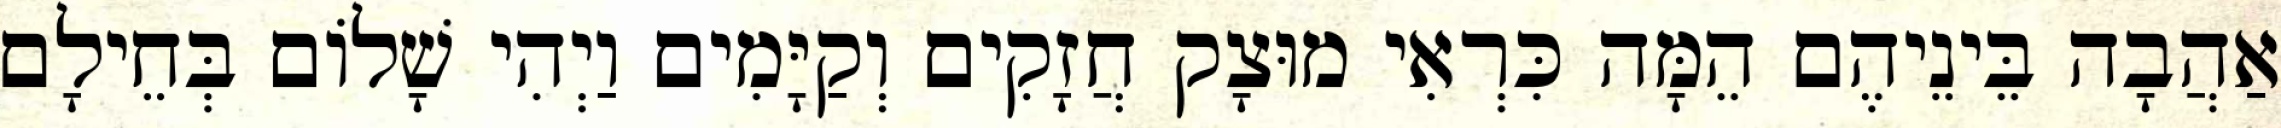
אַהֲבָה בֵּינֵיהֶם הֵמָּה כִּרְאִי מוּצָק חֲזָקִים וְקַיָּמִים וַיְהִי שָׁלוֹם בְּחֵילָם